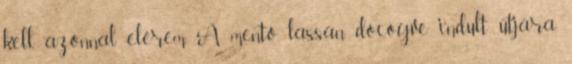
kell, azonnal elérem. A mentő lassan, döcögve indult útjára.